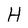
Character: H